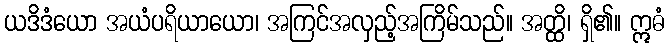
ယဒိဒံယော အယံပရိယာယော၊ အကြင်အလှည့်အကြိမ်သည်။ အတ္ထိ၊ ရှိ၏။ ဣဓံ